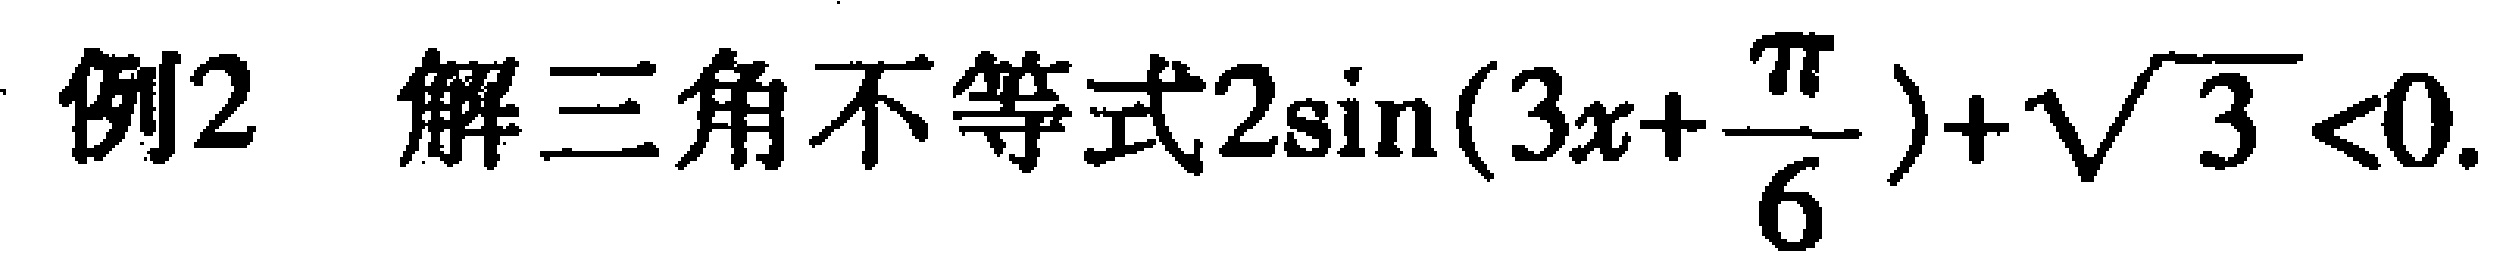
例2 解三角不等式\(2\sin(3x+\frac{\pi}{6})+\sqrt{3}<0\)